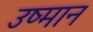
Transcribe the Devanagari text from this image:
उष्मान